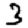
Digit: 3